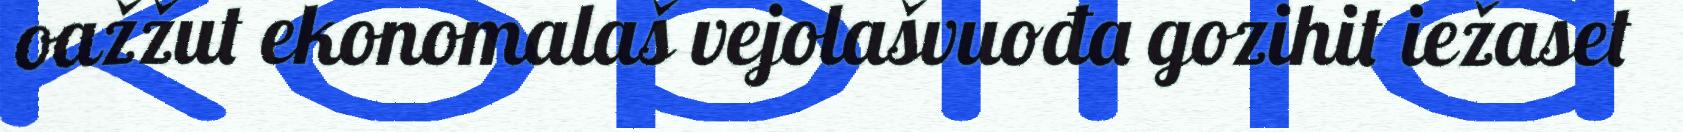
oažžut ekonomalaš vejolašvuođa gozihit iežaset